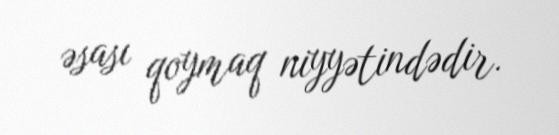
əsası qoymaq niyyətindədir.